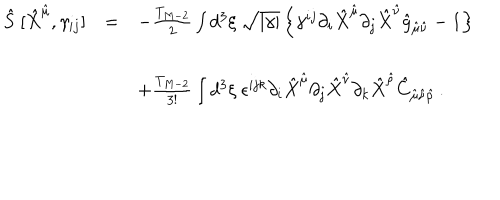
\begin{array} { r c l } { { \hat { S } \ [ \hat { X } ^ { \hat { \mu } } , \gamma _ { i j } ] } } & { { = } } & { { - \frac { T _ { M - 2 } } { 2 } \int d ^ { 3 } \xi \ \sqrt { | \gamma | } \left\{ \gamma ^ { i j } \partial _ { i } \hat { X } ^ { \hat { \mu } } \partial _ { j } \hat { X } ^ { \hat { \nu } } \hat { g } _ { \hat { \mu } \hat { \nu } } - 1 \right\} } } \\ { { } } & { { } } & { { } } \\ { { } } & { { } } & { { + \frac { T _ { M - 2 } } { 3 ! } \int d ^ { 3 } \xi \ \epsilon ^ { i j k } \partial _ { i } \hat { X } ^ { \hat { \mu } } \partial _ { j } \hat { X } ^ { \hat { \nu } } \partial _ { k } \hat { X } ^ { \hat { \rho } } \hat { C } _ { \hat { \mu } \hat { \nu } \hat { \rho } } \, . } } \\ \end{array}